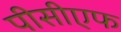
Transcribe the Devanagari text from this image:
पीसीएफ